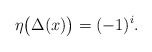
\begin{align*} \eta\bigl(\Delta(x)\bigr) = (-1)^i. \end{align*}